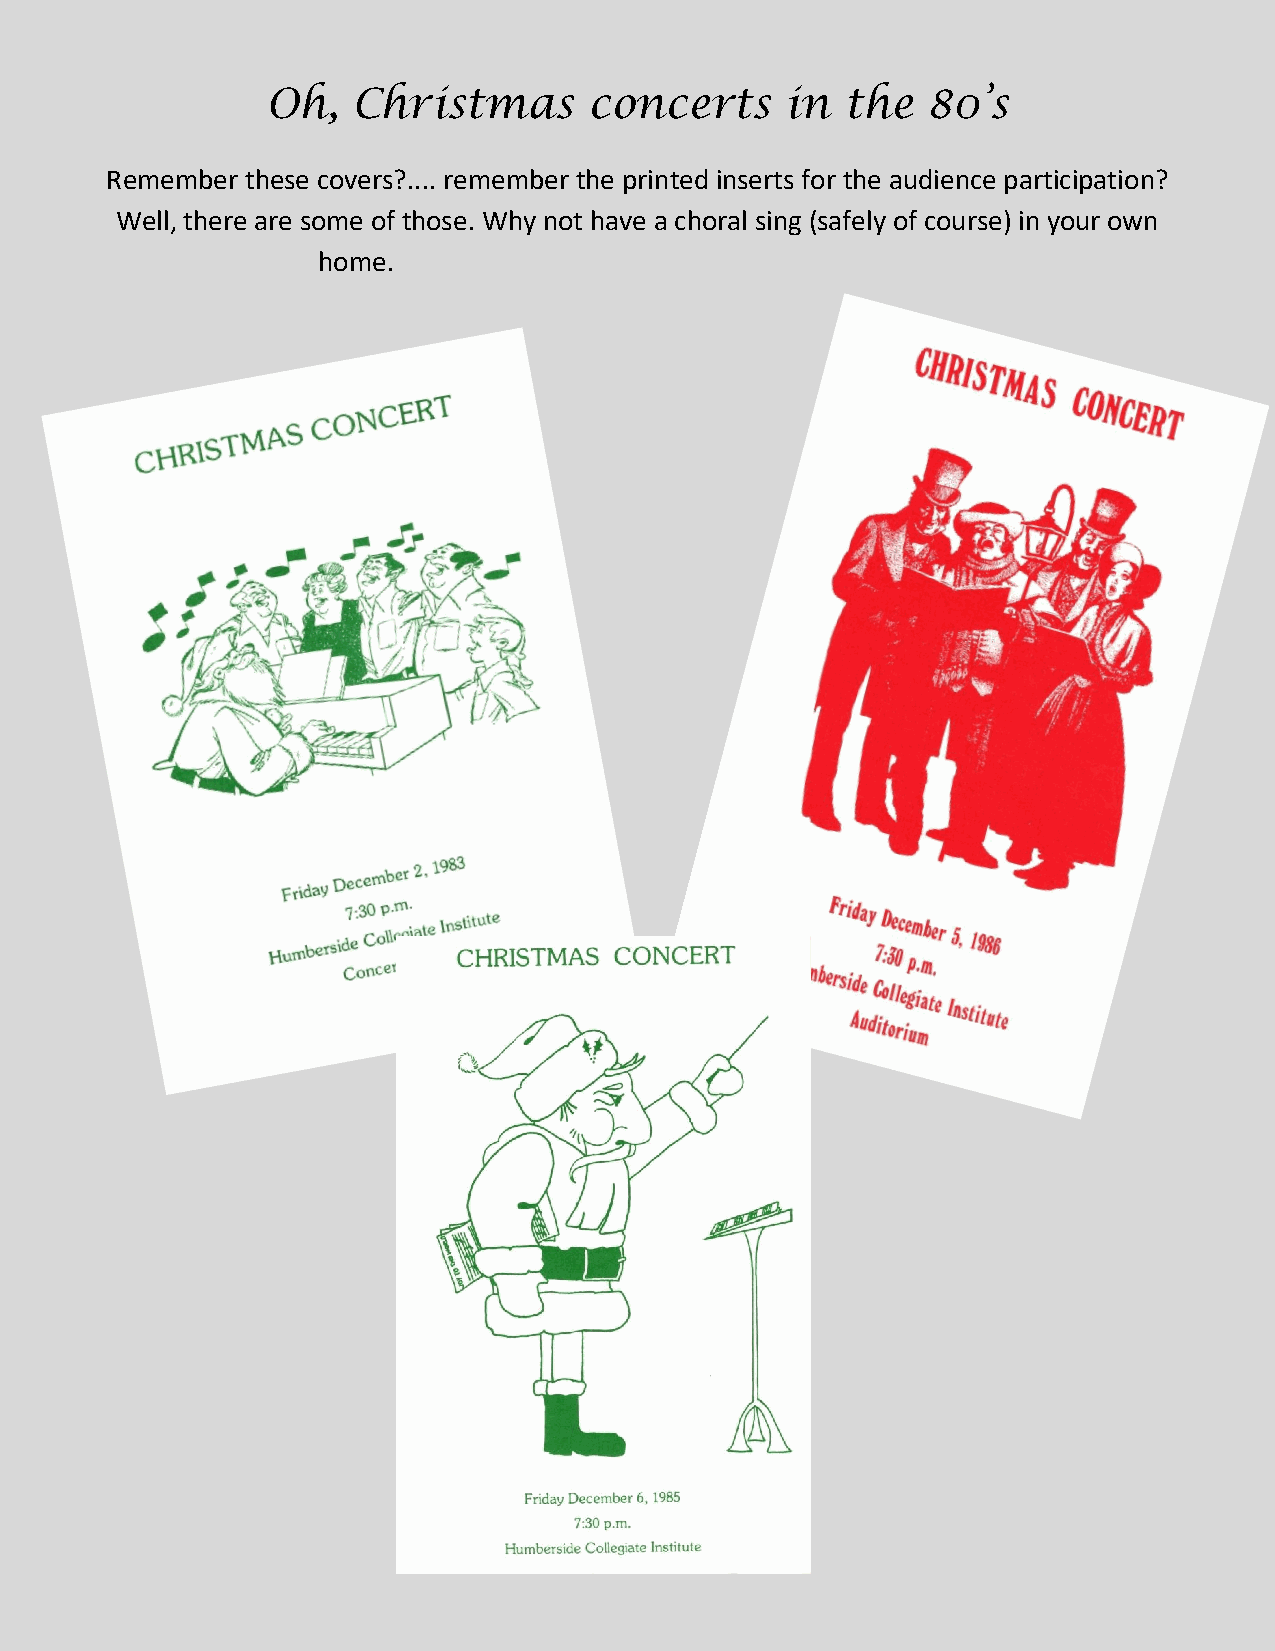
Oh,  Christmas       concerts     in  the  80’s
 Remember these covers?.... remember the printed inserts for the audience participation?
 Well, there are some of those. Why not have a choral sing (safely of course) in your own
 home.